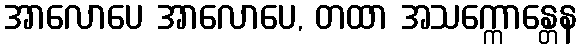
အာလောပေ အာလောပေ, တထာ အသက္ကောန္တေန